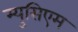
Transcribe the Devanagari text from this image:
म्युसिएम